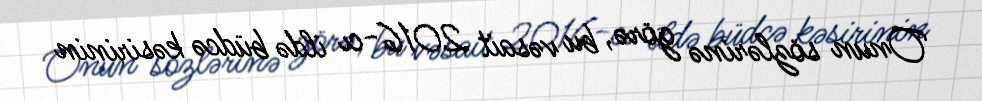
Onun sözlərinə görə, bu vəsait 2016-cı ildə büdcə kəsirinin